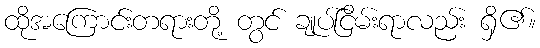
ထိုအကြောင်းတရားတို့ တွင် ချုပ်ငြိမ်းရာလည်း ရှိ၏။